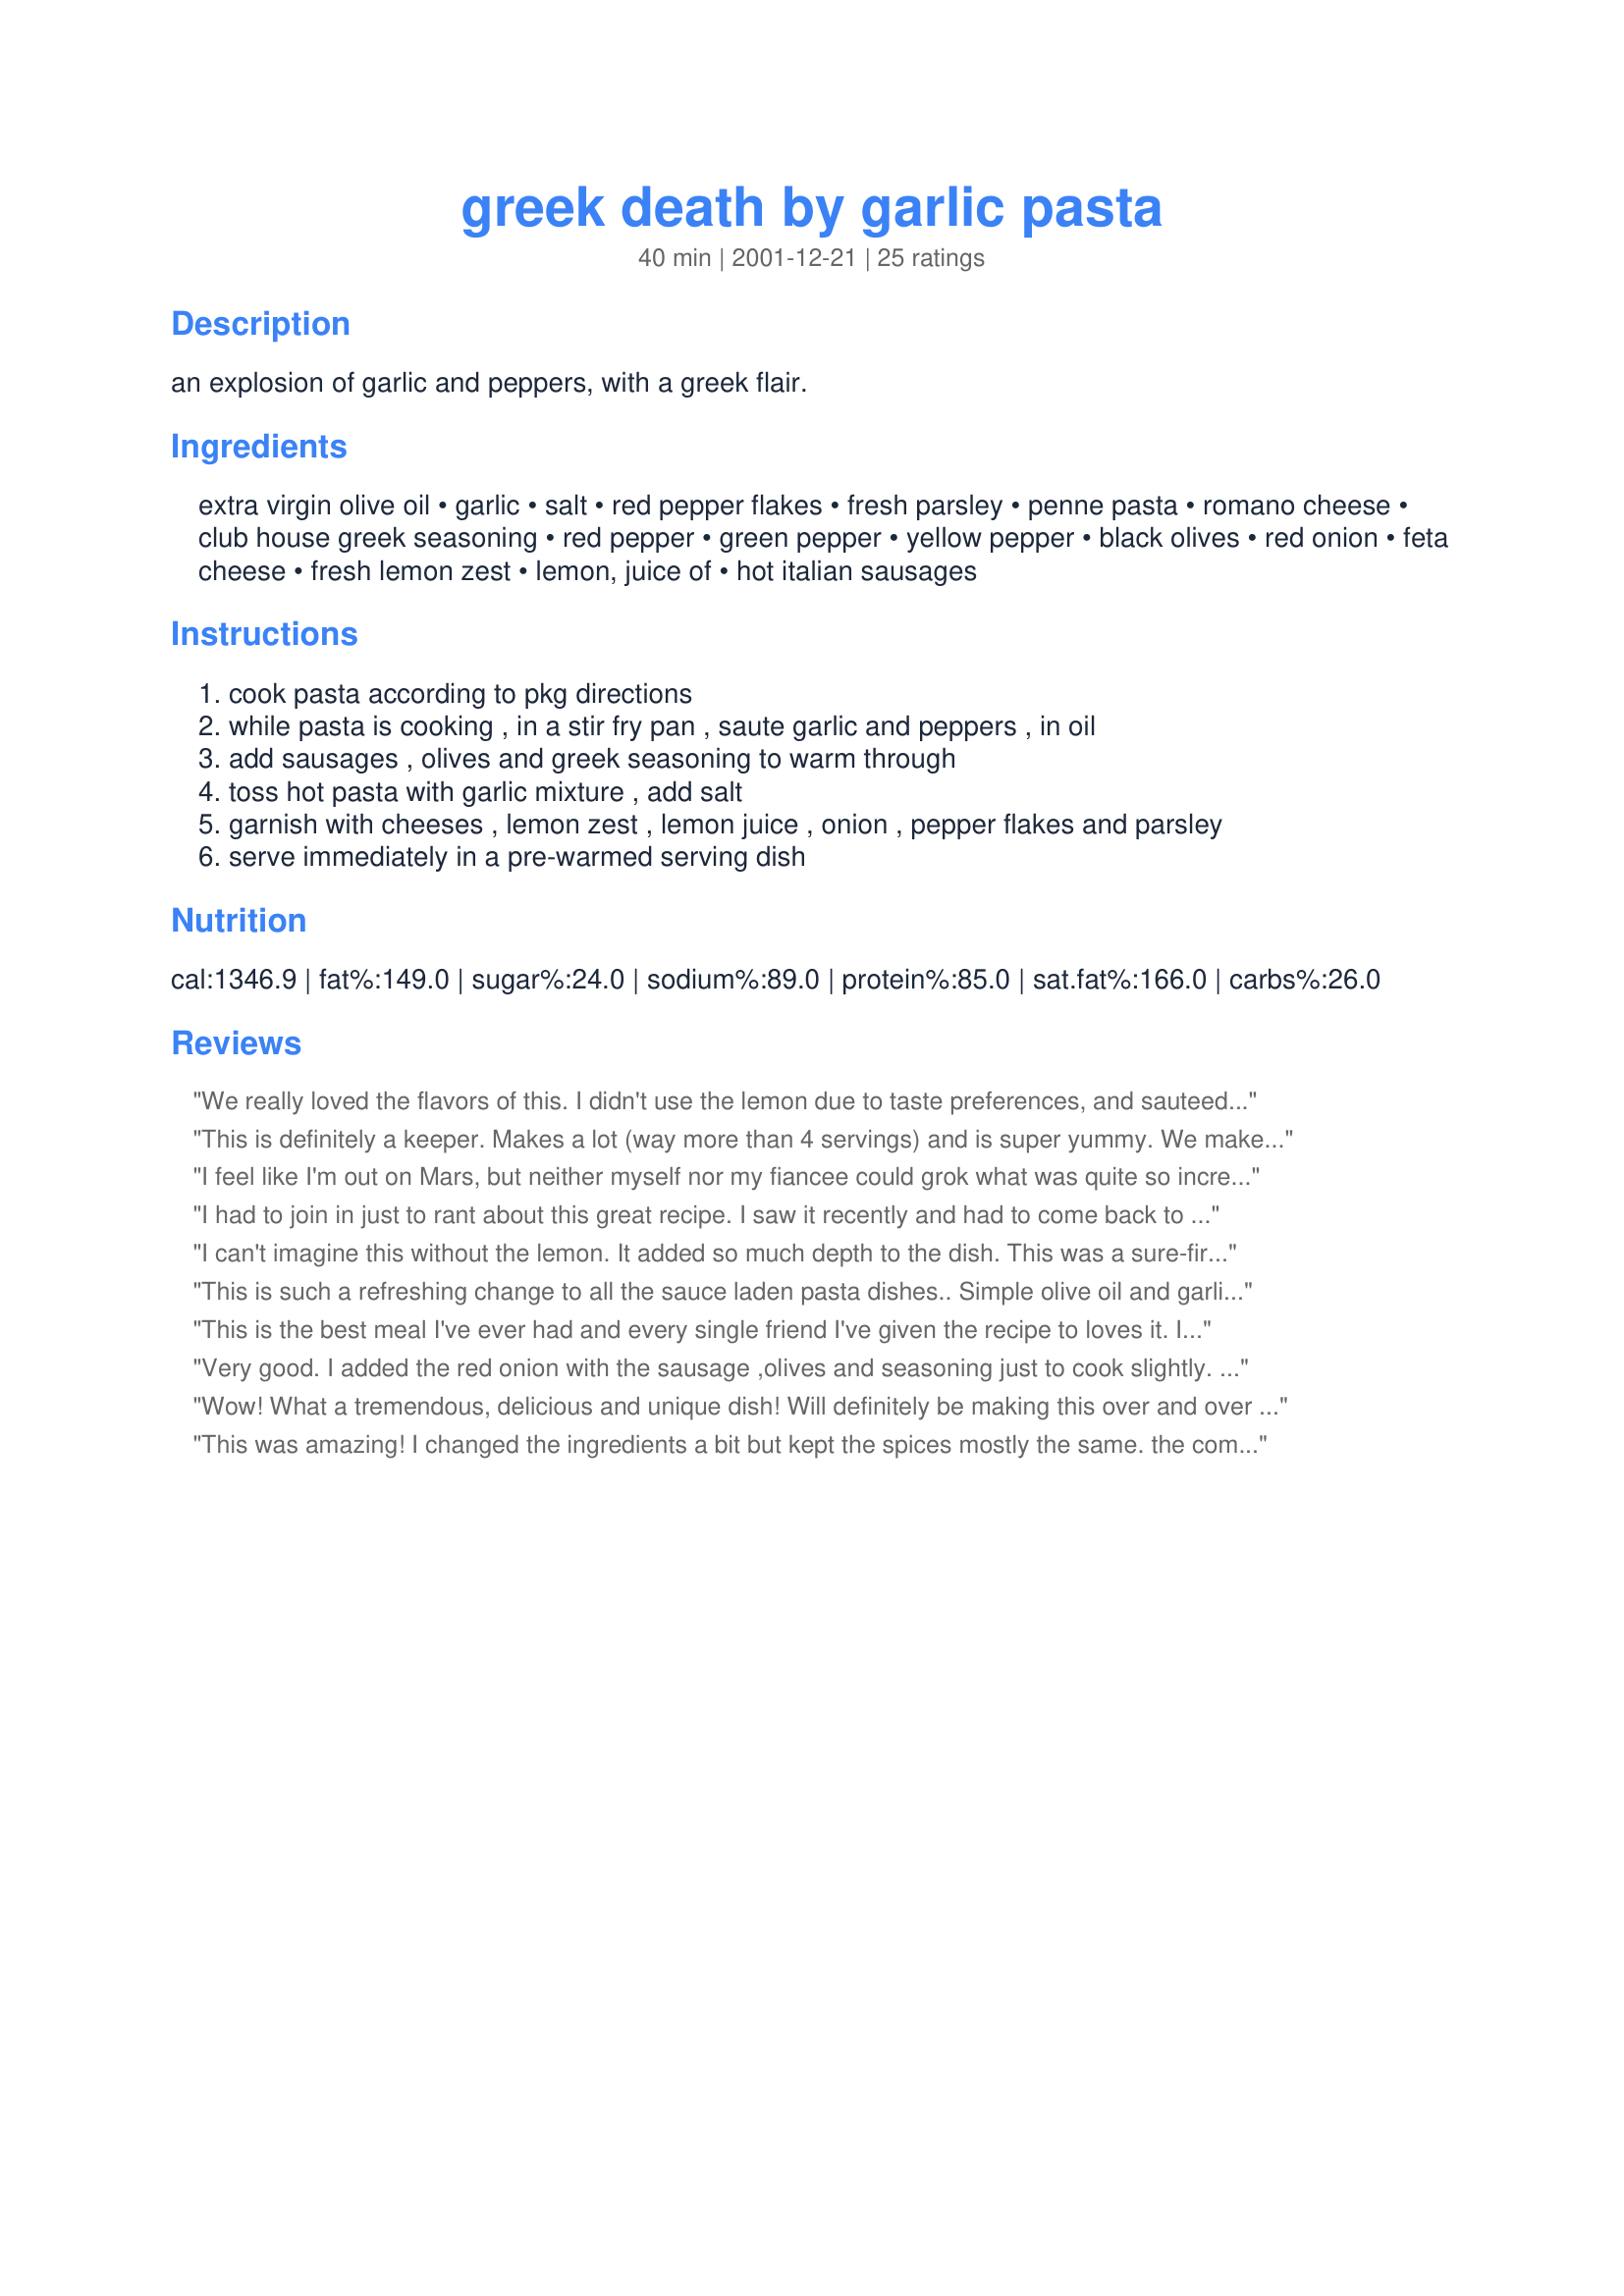
greek death by garlic pasta
Preparation time: 40 minutes

an explosion of garlic and peppers, with a greek flair.

Ingredients:
extra virgin olive oil, garlic, salt, red pepper flakes, fresh parsley, penne pasta, romano cheese, club house greek seasoning, red pepper, green pepper, yellow pepper, black olives, red onion, feta cheese, fresh lemon zest, lemon, juice of, hot italian sausages

Steps:
cook pasta according to pkg directions
while pasta is cooking , in a stir fry pan , saute garlic and peppers , in oil
add sausages , olives and greek seasoning to warm through
toss hot pasta with garlic mixture , add salt
garnish with cheeses , lemon zest , lemon juice , onion , pepper flakes and parsley
serve immediately in a pre-warmed serving dish

Reviews:
We really loved the flavors of this. I didn't use the lemon due to taste preferences, and sauteed the onions slightly with the peppers. I also used ww penne and chicken sausage to reduce the fat some. I used both the red-pepper flakes and some chopped jalapenos. I will make this again and again! Thanks for sharing!
This is definitely a keeper. Makes a lot (way more than 4 servings) and is super yummy. We make it with hot italian sausage. A great summer dish for all the peppers in your garden!
I feel like I'm out on Mars, but neither myself nor my fiancee could grok what was quite so incredible about this dish. We both thought it was good, and may make some variation of it in the future. I found the lemon to be overpowering, and felt that the peppers disguised too many of the other flavours (then again, that's kind of how I feel about peppers in general). I also noticed that the recipe doesn't mention when to the greek seasoning.... I put mine in with the sausages and olives.
I had to join in just to rant about this great recipe. I saw it recently and had to come back to say how easy this was to make. The taste is out of this world. Definitely a keeper !
I can't imagine this without the lemon. It added so much depth to the dish. This was a sure-fire winner with my gang and we will definatly make this a repeat dinner very soon!
This is such a refreshing change to all the sauce laden pasta dishes.. Simple olive oil and garlic, with hints of lemon.. wow .. will be keeping this one.
This is the best meal I've ever had and every single friend I've given the recipe to loves it. It's one of those foods that you can't stop shoving into your mouth even though you're about to burst. 

I do omit the lemon zest as it is too much with the lemon juice as well. 

Awesome recipe.
Very good. I added the red onion with the sausage ,olives and seasoning just to cook slightly. I also decreased the amount of olive oil as it didn't seem to need as much as called for. Lovely flavour combination.
Wow! What a tremendous, delicious and unique dish!
Will definitely be making this over and over and over and over...
(and a vegetarian version using tofu sausage for my vegetarian daughers)
Thanks ever so much for sharing!
This was amazing! I changed the ingredients a bit but kept the spices mostly the same. the combination of flavors is wonderful. My changes.... I sauteed until brown the following - 1/2 each of red, yellow and orange pepper, 2 zuchini, 1 bunch of asaparagus, 1 onion. I didn't have black olives so I used kalamata instead, that also helped because we don't eat cheese, so the salty kalamata made up for the missing salty cheese. I didn't have the greek seasoning, so I just used oregano and tomato paste. Also, I didn't want quite that much garlic so I only used about 5 cloves. Oh yeah, and I also used Soyrizo instead of Chorizo, but it's basically the same thing. Anyway, it was GREAT!!! I will definitely make it again and again.
I've been unsure how to rate this for some time now. I love everything in this dish, but all together it was just a little to busy for us.
YOO-HOO! Did anybody notice the calories and FAT in this recipe? Next time I can spare more than 1100 calories on one fat-laden meal, this is the recipe I'll try!
WOW what flavor. I made half a recipe and served with chicken, leaving out the sausage.
Love this dish! 
Extremely easy to prepare. I cooked the sausages in advance, everything else was last minute prep.With busy kids and a hungry hubby this is greatly recommended for those with little time and want an appealing TASTY dinner. My suggestion is a glass of your favourite red wine to complement the taste explosion.
I have made this many times! Very good stuff. I sometimes leave the sausage out and just serve this as a side dish. It is even good served cold!
Quite yummy! I made this tonight and while it does take a bit of prep--all that garlic mincing--it was well worth the time! I used a chicken Italian sausage and I sauteed the onions with the garlic and peppers, but otherwise made as written. I will definitely make this again. Both the DSs liked it, too! That's always a plus. Thanks for a keeper.
We had this for supper last night and today I reek of garlic! This recipe is great Mike. I used home-made pasta and the maximum amount of garlic. Can't buy Club House seasoning here, so used a rosemary and olive seasoning instead.
made this recipe for dinner tonight and it was a hit. I used 3 hot italian sausage links and cut down the peppers to 1/2 of each kind. I will make again. YUM YUM
A phenomenal dish. The taste was unlike anything I have made before. The flavors did not blend into each other, rather the really did act in harmony with each other. Every bite sent a shot of a different flavor, cool bitterness of the lemon, the sweet zing of of onion, the spicy bite of the sausage, the tang of the feta, and the cool sweetness of the peppers. Simply put my wife said it was the best dish I have ever made, followed by the question of when I would be maiming it again, and could we invite some friends over.
This dish was excellent, the taste and smell was unlike anything I have ever had. I strongly recommend it. Fairly easy to make as well. 
I can't wait to make it again.
Thanks Mike.B
I don't know why I waited so long to review this! I made it about 6 months ago....and due to the BF's begging...I've made it every two weeks since then! This is a lovely dish and full of all of the flavors we enjoy. To anyone wanting to try this dish...don't change a thing! It is absolutley perfect the way it is. Thanks again Mike for this recipe...it's a must have at our house.
This recipe is excellent and so easy to make.
Once you try it it will definitely be in your 
favorites for yourself and company.Looking forward to more recipes by this fantastic cook! when is your next contribution Mike B.
The taste of this dish was amazing!! It was easy to prepare and I have suggested this recipe to many friends.
i agree with darren this is by far one of the best tasting dishes i have ever had!! the entire family loved it. i didn't change a thing and wouldn't it is just too good to be true!!! thanks.
This was excellant, or should I say EXCELLANT! Not only was it fast and easy to prepare, but it was also a crowd pleaser. I am not fond of sausage, so I cut up bite sized pieces of chicken. For garnish, I used pepperchinis (bottled) and fresh banana peppers. And since I am not a fan of olives, unless they are stuffed or in a martini, I used artichokes instead. Now, I wish I was not going to my sister's this weekend, as it would be made again! I guess it will have to wait for my return on Tuesday. :(
 
Thank you for the wonderful recipe!
